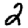
Digit: 2